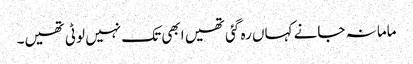
ماما نہ جانے کہاں رہ گئی تھیں ابھی تک نہیں لوٹی تھیں۔